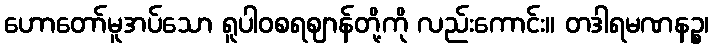
ဟောတော်မူအပ်သော ရူပါဝစရဈာန်တို့ကို လည်းကောင်း။ တဒါရမဏနဉ္စ၊